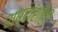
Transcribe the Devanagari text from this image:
शब्दांशीही